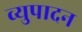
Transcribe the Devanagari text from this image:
व्युपादन